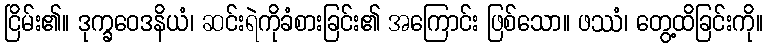
ငြိမ်း၏။ ဒုက္ခဝေဒနိယံ၊ ဆင်းရဲကိုခံစားခြင်း၏ အကြောင်း ဖြစ်သော။ ဖဿံ၊ တွေ့ထိခြင်းကို။